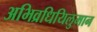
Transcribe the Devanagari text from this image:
अभिव्रधियिलुमान